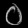
Digit: ၀